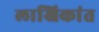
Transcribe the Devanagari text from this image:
लाखिकांत